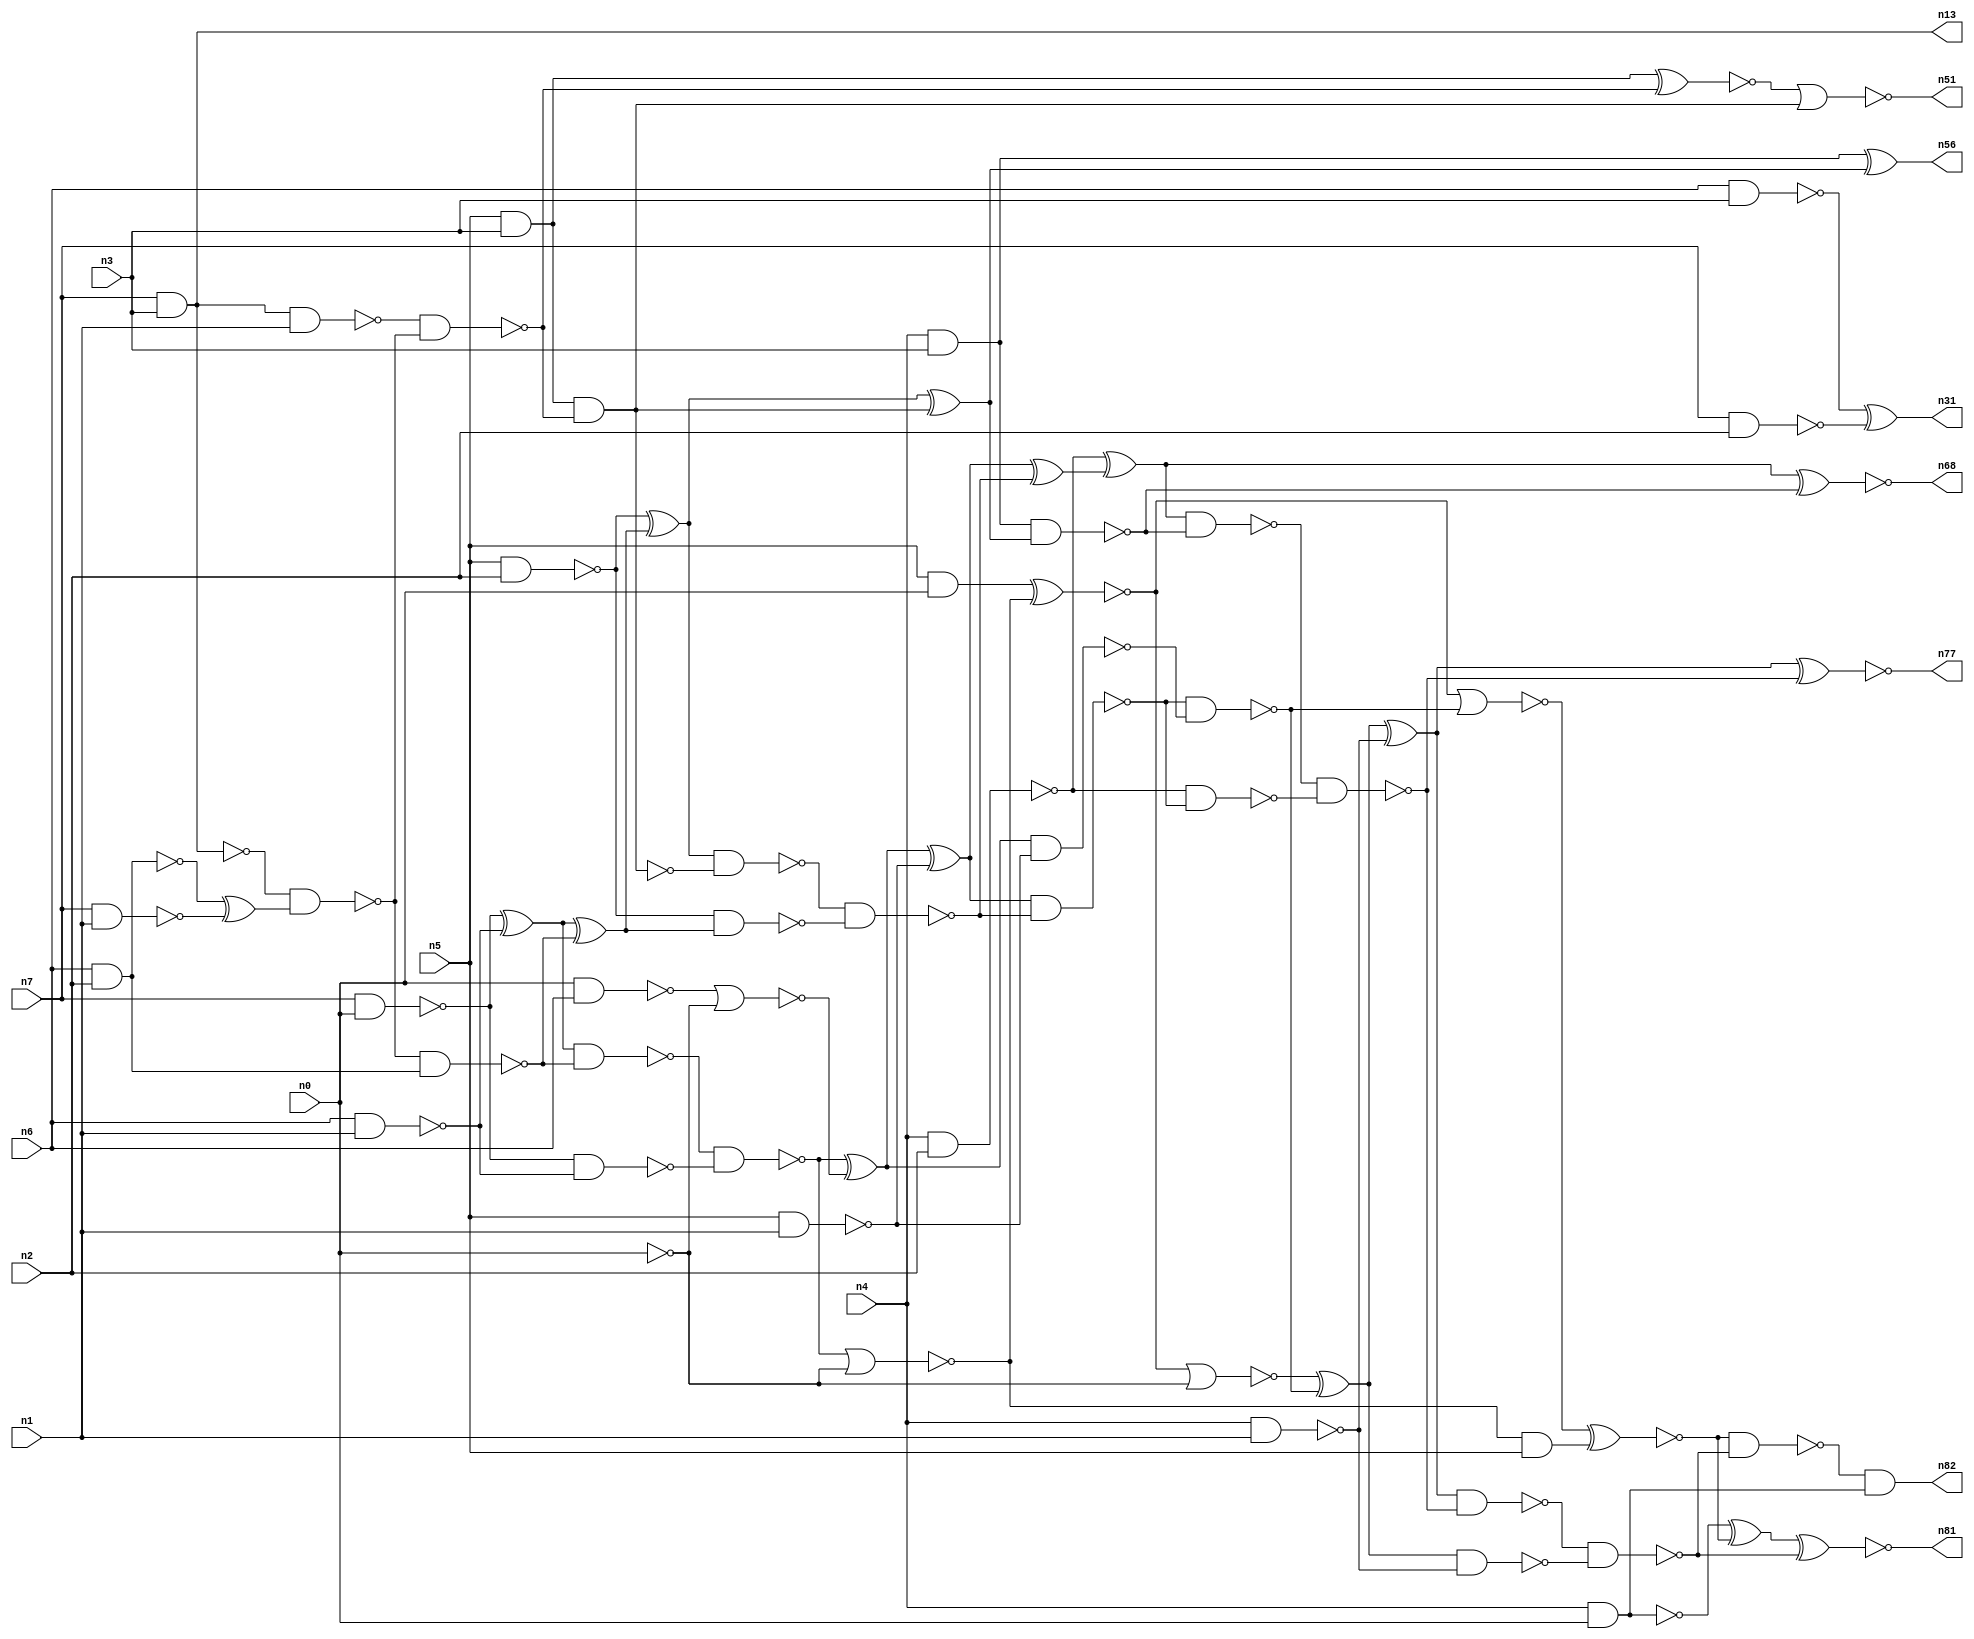
// This file contains a pareto-optimal circuit with respect to area and the fault-resilince parameter p_fault which is defined as:
// "For all input vectors, the ratio of the no. of faults observable at the POs to the no. of total possible faults in the circuit".
// This code is part of the ReCkt library (https://github.com/umar-afzaal/ReCkt) distributed under The MIT License.
// When used, please cite the following article(s):
// U. Afzaal, A.S. Hassan, M. Usman and J.A. Lee, "On the Evolutionary Synthesis of Increased Fault-resilience Arithmetic Circuits".

// p_fault = 95.0 %    (Lower is better)
// gates = 72.0
// levels = 16
// area = 90.62    (For MCNC library relative to nand2)
// power = 517.3 uW    (Berkely-SIS for MCNC library @ Vdd=5V and 20 MHz clock)
// delay = 21.4 ns    (Berkely-ABC for MCNC library)
// PDP = 1.10702e-11 J

// Pin mapping:
// {n0, n1, n2, n3} = A[3:0]
// {n4, n5, n6, n7} = B[3:0]
// {n82, n81, n77, n68, n56, n51, n31, n13} = O[7:0]

module mult4u_area_4 (
n0, n1, n2, n3, n4, n5, n6, n7, 
n82, n81, n77, n68, n56, n51, n31, n13
);

input n0, n1, n2, n3, n4, n5, n6, n7;
output n82, n81, n77, n68, n56, n51, n31, n13;
wire n16, n73, n40, n38, n78, n76, n46, n50, n15, n66, n36, n67, n18, n21, n32, n35, n64, n57, n33, n10, 
n17, n70, n61, n19, n58, n24, n74, n44, n20, n62, n60, n28, n59, n80, n79, n69, n45, n71, n25, n14, 
n43, n8, n75, n39, n34, n37, n42, n52, n54, n12, n63, n30, n22, n11, n49, n29, n9, n72, n47, n55, 
n53, n23, n41, n48;

nand (n8, n5, n1);
nand (n9, n0, n0);
nand (n10, n6, n2);
nand (n11, n7, n1);
nand (n12, n4, n1);
and (n13, n7, n3);
nand (n14, n4, n3);
nand (n15, n7, n0);
nand (n16, n5, n2);
nand (n17, n4, n2);
nand (n18, n4, n0);
nand (n19, n6, n1);
and (n20, n5, n3);
nand (n21, n6, n3);
nand (n22, n0, n6);
and (n23, n5, n0);
nand (n24, n7, n2);
nand (n25, n15, n19);
xor (n28, n10, n11);
not (n29, n14);
xor (n30, n15, n19);
xor (n31, n21, n24);
nor (n32, n22, n9);
nand (n33, n0, n0);
nand (n34, n10, n10);
not (n35, n13);
nand (n36, n13, n1);
nand (n37, n35, n28);
nand (n38, n36, n37);
nand (n39, n37, n34);
nand (n40, n20, n38);
xnor (n41, n20, n38);
xor (n42, n30, n39);
nand (n43, n30, n39);
nand (n44, n43, n25);
nand (n45, n16, n42);
not (n46, n40);
xor (n47, n16, n42);
nand (n48, n47, n40);
xor (n49, n47, n46);
nor (n50, n44, n33);
nor (n51, n41, n46);
xor (n52, n44, n32);
and (n53, n50, n5);
xor (n54, n52, n8);
nand (n55, n52, n8);
xor (n56, n29, n49);
nand (n57, n29, n49);
nand (n58, n48, n45);
xnor (n59, n23, n50);
nand (n60, n54, n58);
xor (n61, n54, n58);
nor (n62, n59, n9);
xor (n63, n17, n61);
nand (n64, n60, n55);
nand (n66, n17, n60);
nand (n67, n63, n57);
xnor (n68, n63, n57);
xor (n69, n62, n64);
nor (n70, n59, n64);
xor (n71, n69, n12);
nand (n72, n67, n66);
xnor (n73, n70, n53);
nand (n74, n69, n12);
xor (n75, n18, n73);
nand (n76, n18, n18);
xnor (n77, n71, n72);
nand (n78, n71, n72);
nand (n79, n78, n74);
nand (n80, n73, n79);
xnor (n81, n75, n79);
and (n82, n80, n76);

endmodule